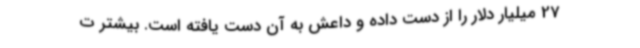
27 میلیار دلار را از دست داده و داعش به آن دست یافته است. بیشتر ت